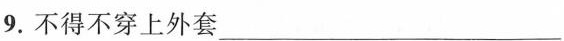
9.不得不穿上外套___